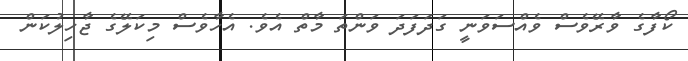
ކޯފާގެ ވާރޭވެސް ވެއްސަވަނީ ގަދަފަދަ ވަންތަ މާތް އެވެ. އެހާވެސް މިކަލޭގެ ޖާހިލުކަން